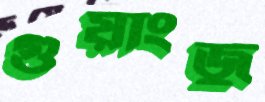
গুয়াংজু